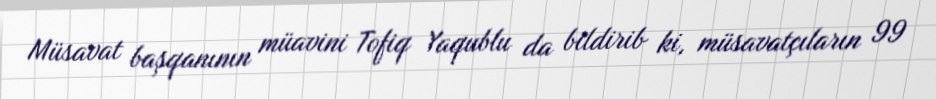
Müsavat başqanının müavini Tofiq Yaqublu da bildirib ki, müsavatçıların 99